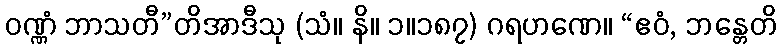
ဝဏ္ဏံ ဘာသတီ”တိအာဒီသု (သံ။ နိ။ ၁။၁၈၇) ဂရဟဏေ။ “ဧဝံ, ဘန္တေတိ